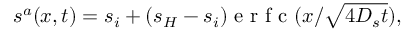
s ^ { a } ( x , t ) = s _ { i } + ( s _ { H } - s _ { i } ) \mathrm { ~ e ~ r ~ f ~ c ~ } ( x / \sqrt { 4 D _ { s } t } ) ,